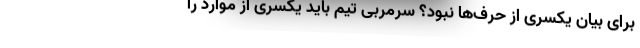
برای بیان یکسری از حرف‌ها نبود؟ سرمربی تیم باید یکسری از موارد را